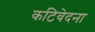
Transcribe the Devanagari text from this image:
कटिवेदना